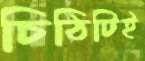
চিঠিটিই